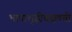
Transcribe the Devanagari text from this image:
भाषाशुद्धीबद्दलची